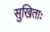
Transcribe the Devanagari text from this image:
सुखिताः